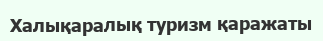
Халықаралық туризм қаражаты